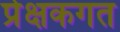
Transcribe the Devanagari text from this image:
प्रेक्षकगत